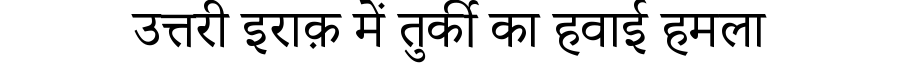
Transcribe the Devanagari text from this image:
उत्तरी इराक़ में तुर्की का हवाई हमला